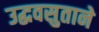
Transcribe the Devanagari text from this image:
उद्धवसुताने